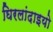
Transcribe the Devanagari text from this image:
घिरलांदाइयो